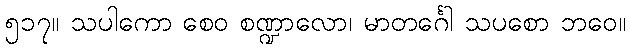
၅၁၇။ သပါကော စေဝ စဏ္ဍာလော၊ မာတင်္ဂေါ သပစော ဘဝေ။